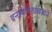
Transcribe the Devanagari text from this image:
वनस्पतिशास्त्रज्ञाने